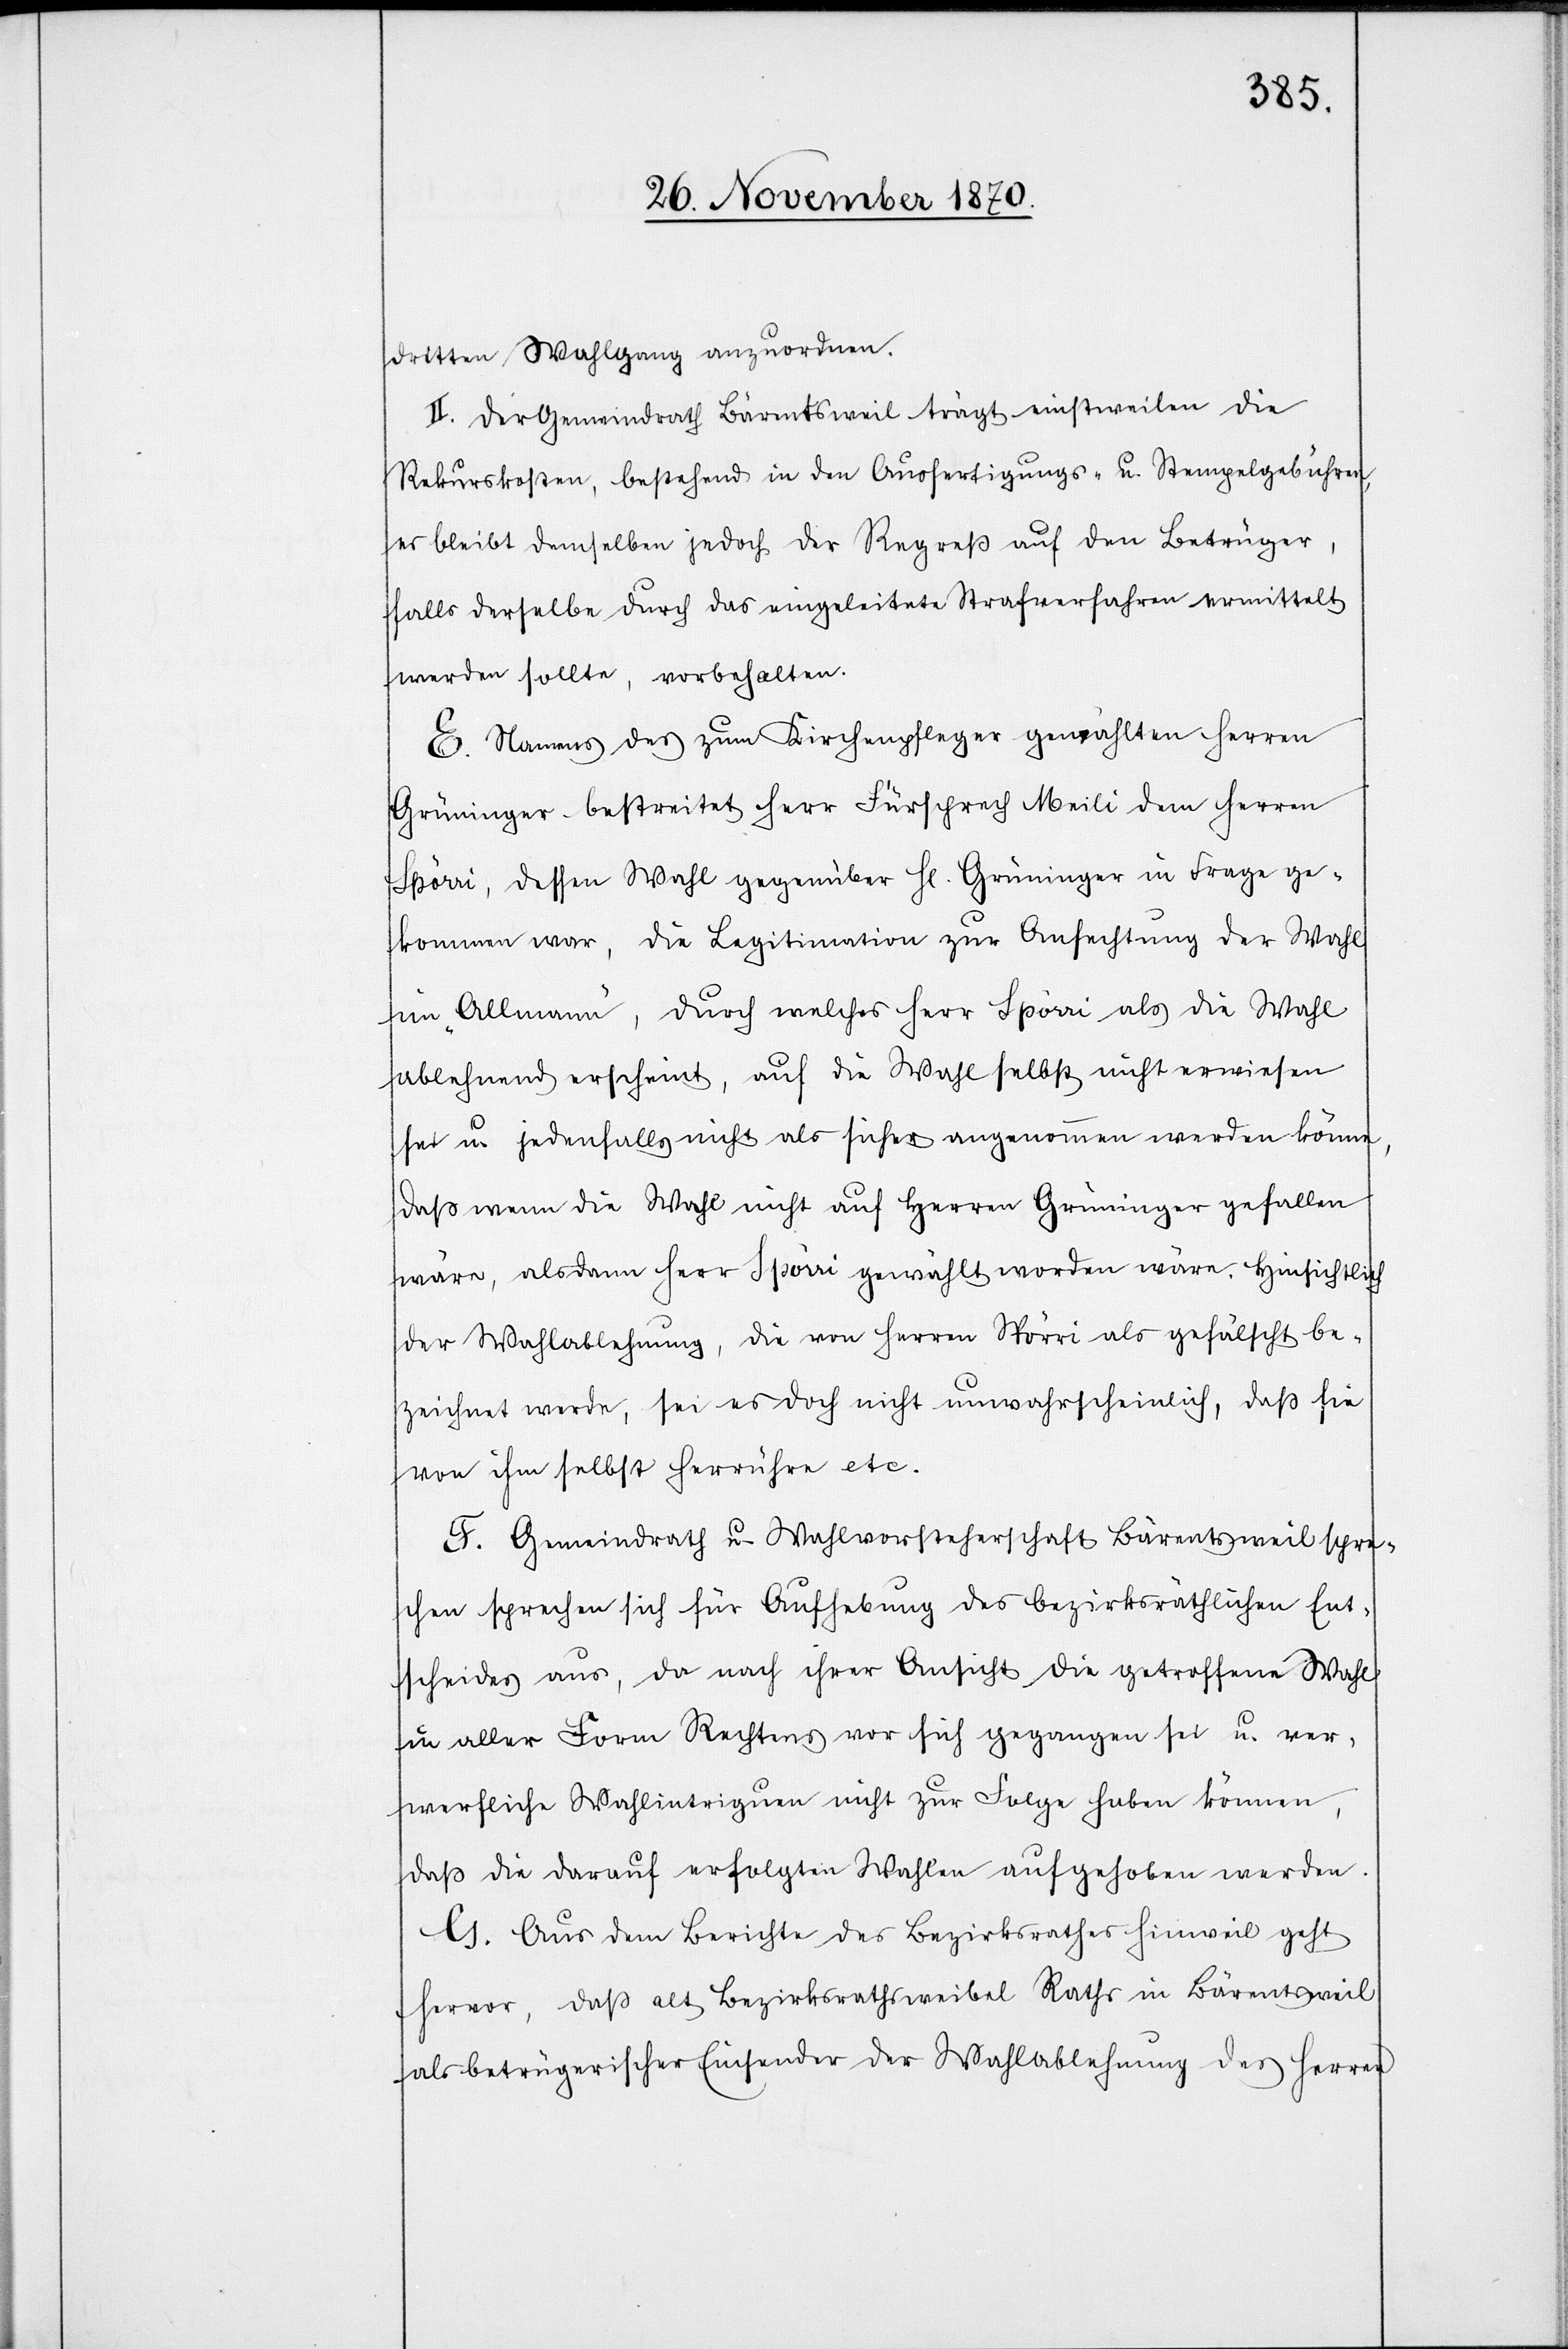
dritten Wahlgang anzuordnen.
II. Der Gemeindrath Bärentsweil trägt einstweilen die
Rekurskosten, bestehend in den Ausfertigungs- u. Stempelgebühren,
es bleibt demselben jedoch der Regreß auf den Betrüger,
falls derselbe durch das eingeleitete Strafverfahren vermittelt
werden sollte, vorbehalten.
E. Namens des zum Kirchenpfleger gewählten Herren
Grüninger bestreitet Herr Fürsprech Meili dem Herren
Spörri, dessen Wahl gegenüber H[errn] Grüninger in Frage ge¬
kommen war, die Legitimation zur Anfechtung der Wahl
im „Allmann“, durch welches Herr Spörri als die Wahl
ablehnend erscheint, auf die Wahl selbst nicht erwiesen
sei u. jedenfalls nicht als sicher angenommen werden könne,
daß wenn die Wahl nicht auf Herren Grüninger gefallen
wäre, alsdann Herr Spörri gewählt worden wäre. Hinsichtlich
der Wahlablehnung, die von Herren Spörri als gefälscht be¬
zeichnet werde, sei es doch nicht unwahrscheinlich, daß sie
von ihm selbst herrühre etc.
F. Gemeindrath u. Wahlvorsteherschaft Bärentsweil spre¬
chen sprechen [sic!] sich für Aufhebung des bezirksräthlichen Ent¬
scheides aus, da nach ihrer Ansicht die getroffene Wahl
in aller Form Rechtens vor sich gegangen sei u. ver¬
werfliche Wahlintriguen nicht zur Folge haben können,
daß die darauf erfolgten Wahlen aufgehoben werden.
G. Aus dem Berichte des Bezirksrathes Hinweil geht
hervor, daß alt Bezirksrathsweibel Raths in Bärentsweil
als betrügerischer Einsender der Wahlablehnung des Herren